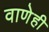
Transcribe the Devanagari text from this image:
वाणेही